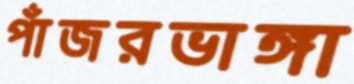
পাঁজরভাঙ্গা